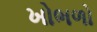
ખોભળો